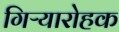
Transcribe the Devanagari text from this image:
गिऱ्यारोहक